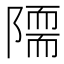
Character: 𨼏